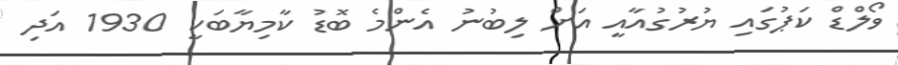
ވޯލްޑް ކަޕުގައި ޔުރުގުއާއީ އަށް ލިބުނު އެންމެ ބޮޑު ކާމިޔާބަކީ 1930 އަދި